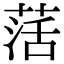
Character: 萿